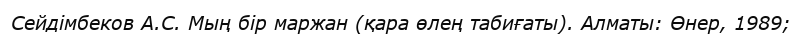
Сейдімбеков А.С. Мың бір маржан (қара өлең табиғаты). Алматы: Өнер, 1989;